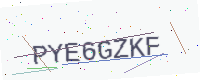
Text: PYE6GZKF